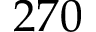
2 7 0